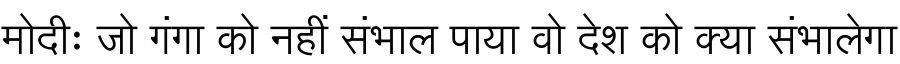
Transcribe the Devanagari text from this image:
मोदीः जो गंगा को नहीं संभाल पाया वो देश को क्या संभालेगा